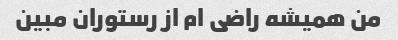
من همیشه راضی ام از رستوران مبین